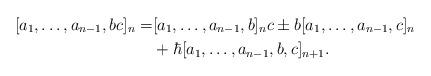
LaTeX: \begin{align*}[a_1, \ldots, a_{n-1},bc]_n= &[a_1, \ldots, a_{n-1},b]_nc \pm b[a_1, \ldots, a_{n-1},c]_n\\ &+\hbar[a_1, \ldots, a_{n-1},b,c]_{n+1}.\end{align*}